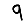
Digit: 9